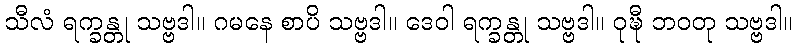
သီလံ ရက္ခန္တု သဗ္ဗဒါ။ ဂမနေ စာပိ သဗ္ဗဒါ။ ဒေဝါ ရက္ခန္တု သဗ္ဗဒါ။ ဝုဍ္ဎီ ဘဝတု သဗ္ဗဒါ။